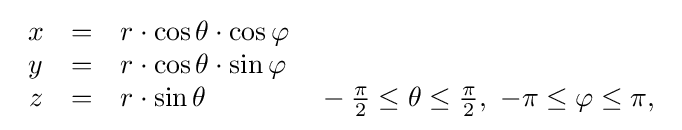
{\begin{array}{cll}x&=&r\cdot \cos \theta \cdot \cos \varphi \\y&=&r\cdot \cos \theta \cdot \sin \varphi \\z&=&r\cdot \sin \theta \qquad \qquad -{\tfrac {\pi }{2}}\leq \theta \leq {\tfrac {\pi }{2}},\ -\pi \leq \varphi \leq \pi ,\end{array}}